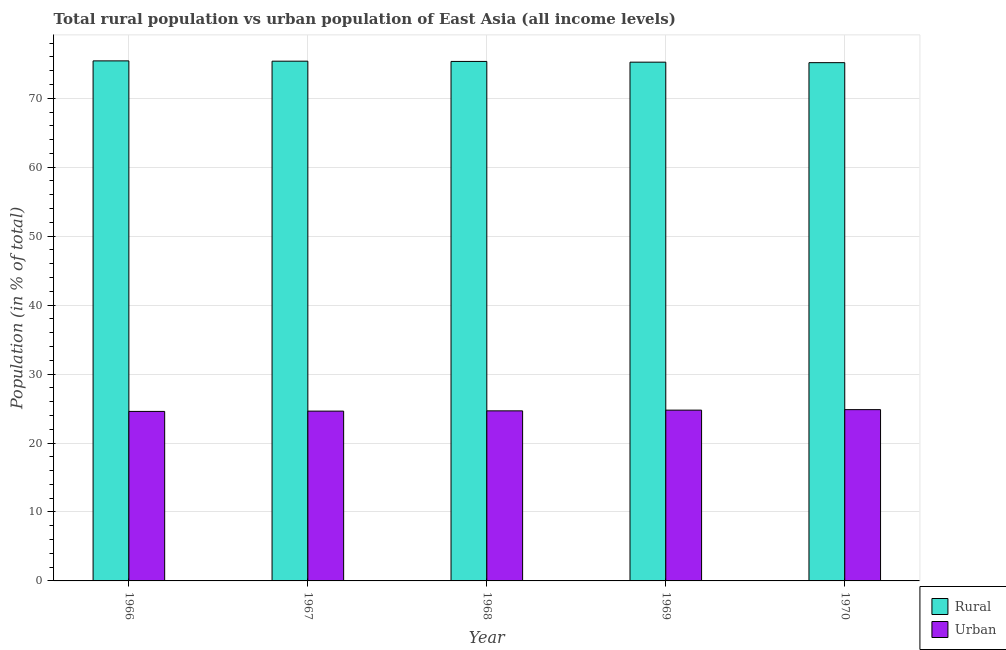
| Year | Rural | Urban |
 | --- | --- | --- |
 | 1966 | 75.4 | 24.6 |
 | 1967 | 75.4 | 24.6 |
 | 1968 | 75.3 | 24.7 |
 | 1969 | 75.2 | 24.8 |
 | 1970 | 75.2 | 24.8 |